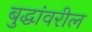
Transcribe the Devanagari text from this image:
बुद्धांवरील